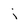
Character: j